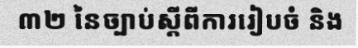
៣២ នៃច្បាប់ស្តីពីការរៀបចំ និង